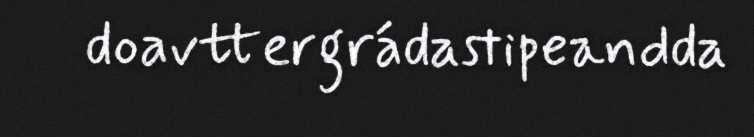
doavttergrádastipeandda